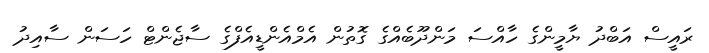
ރައީސް އަބްދު ޔާމީންގެ ހާއްސަ މަންދޫބެއްގެ ގޮތުން އެމްއެންޑީއެފްގެ ސާޖެންޓް ހަސަން ސާއިދު